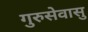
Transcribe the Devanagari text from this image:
गुरुसेवासु